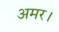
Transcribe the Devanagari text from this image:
अमर।